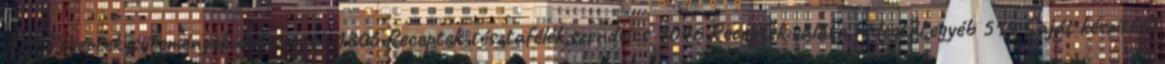
129 Receptek-sütemények-desszertek 1305 Receptek-tésztafélék,szendvics 1046 Receptek:saláta,hidegtál,egyéb 514 Saját készítésű